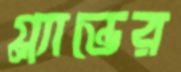
গ্ল্যান্ডের